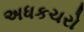
અધકચરો